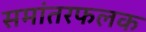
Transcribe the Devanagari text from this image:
समांतरफलक